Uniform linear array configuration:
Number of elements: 8
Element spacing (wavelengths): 0.5
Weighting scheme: uniform
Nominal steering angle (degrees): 45
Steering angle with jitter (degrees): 44.651
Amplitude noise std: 0.05
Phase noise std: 0.05

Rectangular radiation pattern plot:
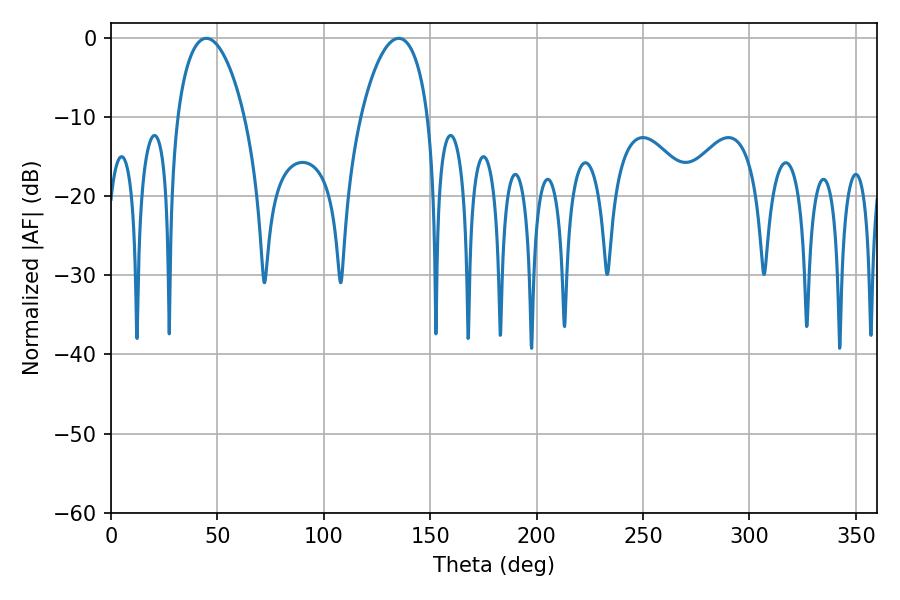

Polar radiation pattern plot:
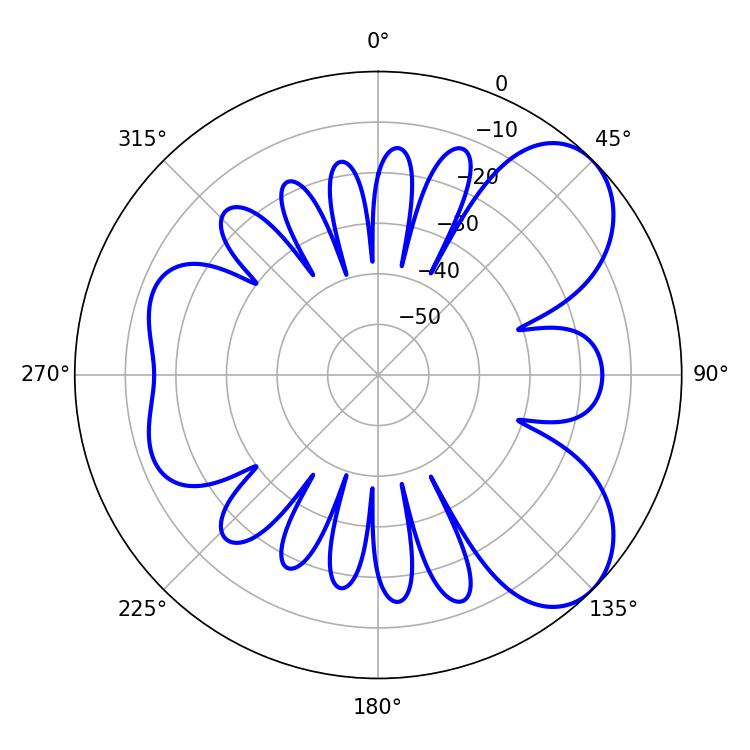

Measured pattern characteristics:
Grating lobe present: FALSE
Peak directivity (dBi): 6.662
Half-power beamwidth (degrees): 18
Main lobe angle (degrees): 44.82